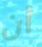
أن